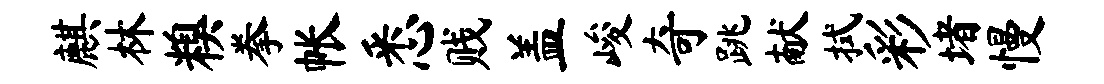
麒林糗拳帐悉贱盖峻奇跳献拭彩堵慢